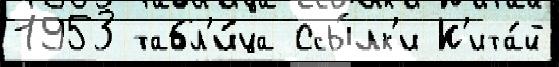
1953 табл'и́ца Ссы́лк'и К'ита́й